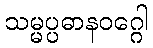
သမ္မပ္ပဓာနဝဂ္ဂေါ